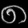
Digit: ၈